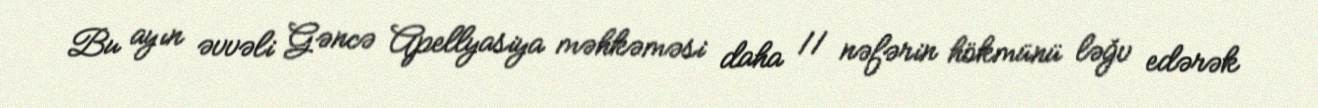
Bu ayın əvvəli Gəncə Apellyasiya məhkəməsi daha 11 nəfərin hökmünü ləğv edərək